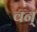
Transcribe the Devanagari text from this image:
वन्